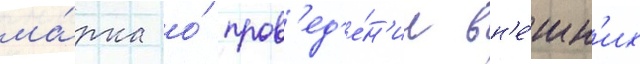
ма́рка о́ пров'ед'е́н'ии вн'е́шн'их